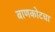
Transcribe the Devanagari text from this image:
बाणकोटचा